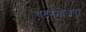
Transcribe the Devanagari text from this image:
चतरभोजपुर